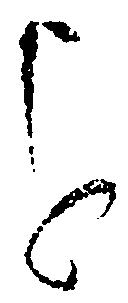
を